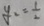
y _ { 2 } = \frac { 1 } { 2 }